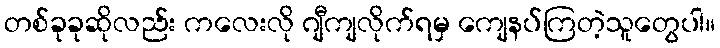
တစ်ခုခုဆိုလည်း ကလေးလို ဂျီကျလိုက်ရမှ ကျေနပ်ကြတဲ့သူတွေပါ။